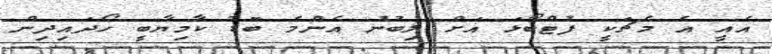
އެއީ އެ މެޗަކީ ފުޓްބޯޅަ އަށް ލިބުނު އެންމެ ބޮޑު ކާމިޔާބީ ހޯދައިދިން